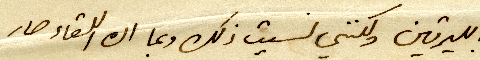
بالليرتين ولكنني نسيت ذلك وبما ان اللقاء صار